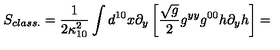
S _ { c l a s s . } = \frac { 1 } { 2 \kappa _ { 1 0 } ^ { 2 } } \int d ^ { 1 0 } x \partial _ { y } \left[ \frac { \sqrt { g } } { 2 } g ^ { y y } g ^ { 0 0 } h \partial _ { y } h \right] =